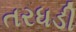
તરધડી